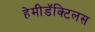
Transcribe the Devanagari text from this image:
हेमीडॅक्टिलस